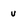
Character: u